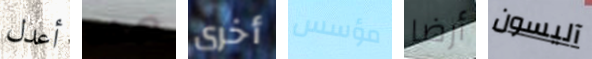
أعدل هذه أخرى مؤسس أرضا آليسون